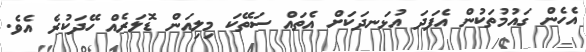
އެހެން ގައުމުތަކުން އެފަދަ އުޅަނދަކަށް އެތައް ސަތޭކަ މިލިއަން ޑޮލަރެއް ހޭދަކުރެ އެވެ.